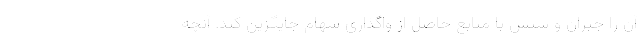
آن را جبران و سپس با منابع حاصل از واگذاری سهام جایگزین کند. آنچه